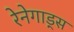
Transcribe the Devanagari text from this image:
रेनेगाड्स